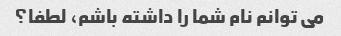
می توانم نام شما را داشته باشم، لطفا؟